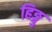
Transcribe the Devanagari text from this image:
हिङ्गु